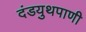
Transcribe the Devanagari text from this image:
दंडयुथपाणी